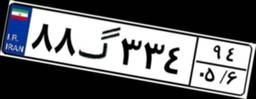
۸۲گ۷۳۹۷۲